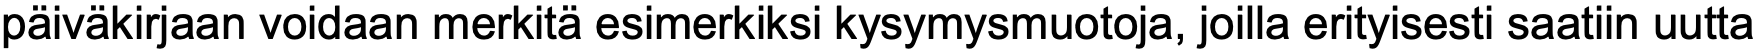
päiväkirjaan voidaan merkitä esimerkiksi kysymysmuotoja, joilla erityisesti saatiin uutta